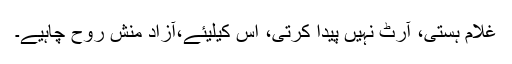
غلام ہستی، آرٹ نہیں پیدا کرتی، اس کیلیئے،آزاد منش روح چاہیے۔